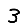
Digit: 3